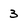
Character: 3